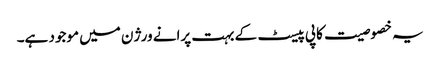
یہ خصوصیت کاپی پیسٹ کے بہت پرانے ورژن میں موجود ہے۔